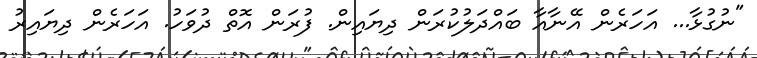
"ނުގުޅާ... އަހަރެން އޭނާއާ ބައްދަލުކުރަން ދިޔައިން. ފުރަން އޮތް ދުވަހު. އަހަރެން ދިޔައިރު